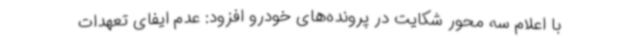
با اعلام سه محور شکایت در پرونده‌های خودرو افزود: عدم ایفای تعهدات